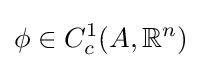
\phi \in C_{c}^{1}(A,\mathbb {R} ^{n})